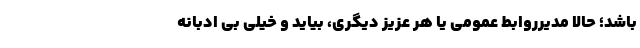
باشد؛ حالا مدیرروابط عمومی یا هر عزیز دیگری، بیاید و خیلی بی ادبانه